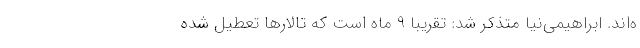
ه‌اند. ابراهیمی‌نیا متذکر شد: تقریبا 9 ماه است که تالارها تعطیل شده